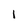
Character: l